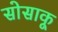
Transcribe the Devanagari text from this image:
सोसाकू